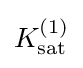
K_{\mathrm {sat} }^{(1)}